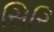
સિરિ